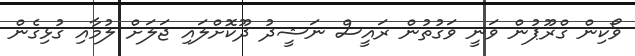
ވޯކިން ގްރޫޕުން ވަނީ ވަގުތުން ރައީސް ނަޝީދު ދޫކޮށްލައި ޖަލަށް ލުމާއި ގުޅިގެން